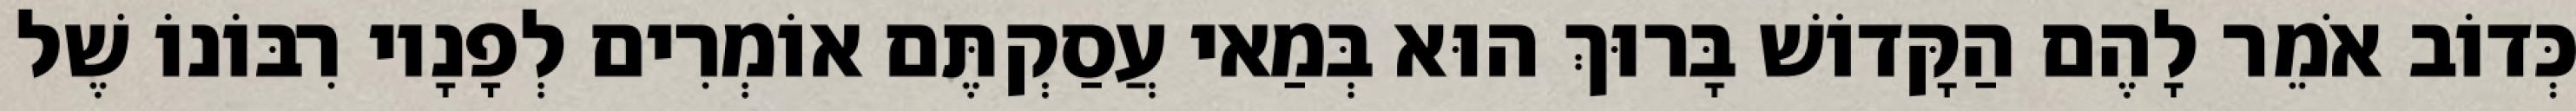
כְּדוֹב אֹמֵר לָהֶם הַקָּדוֹשׁ בָּרוּךְ הוּא בְּמַאי עֲסַקְתֶּם אוֹמְרִים לְפָנָיו רִבּוֹנוֹ שֶׁל